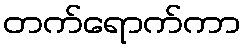
တက်ရောက်ကာ